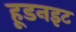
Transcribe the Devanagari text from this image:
हूडनइट